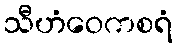
သီဟံဝေကစရံ